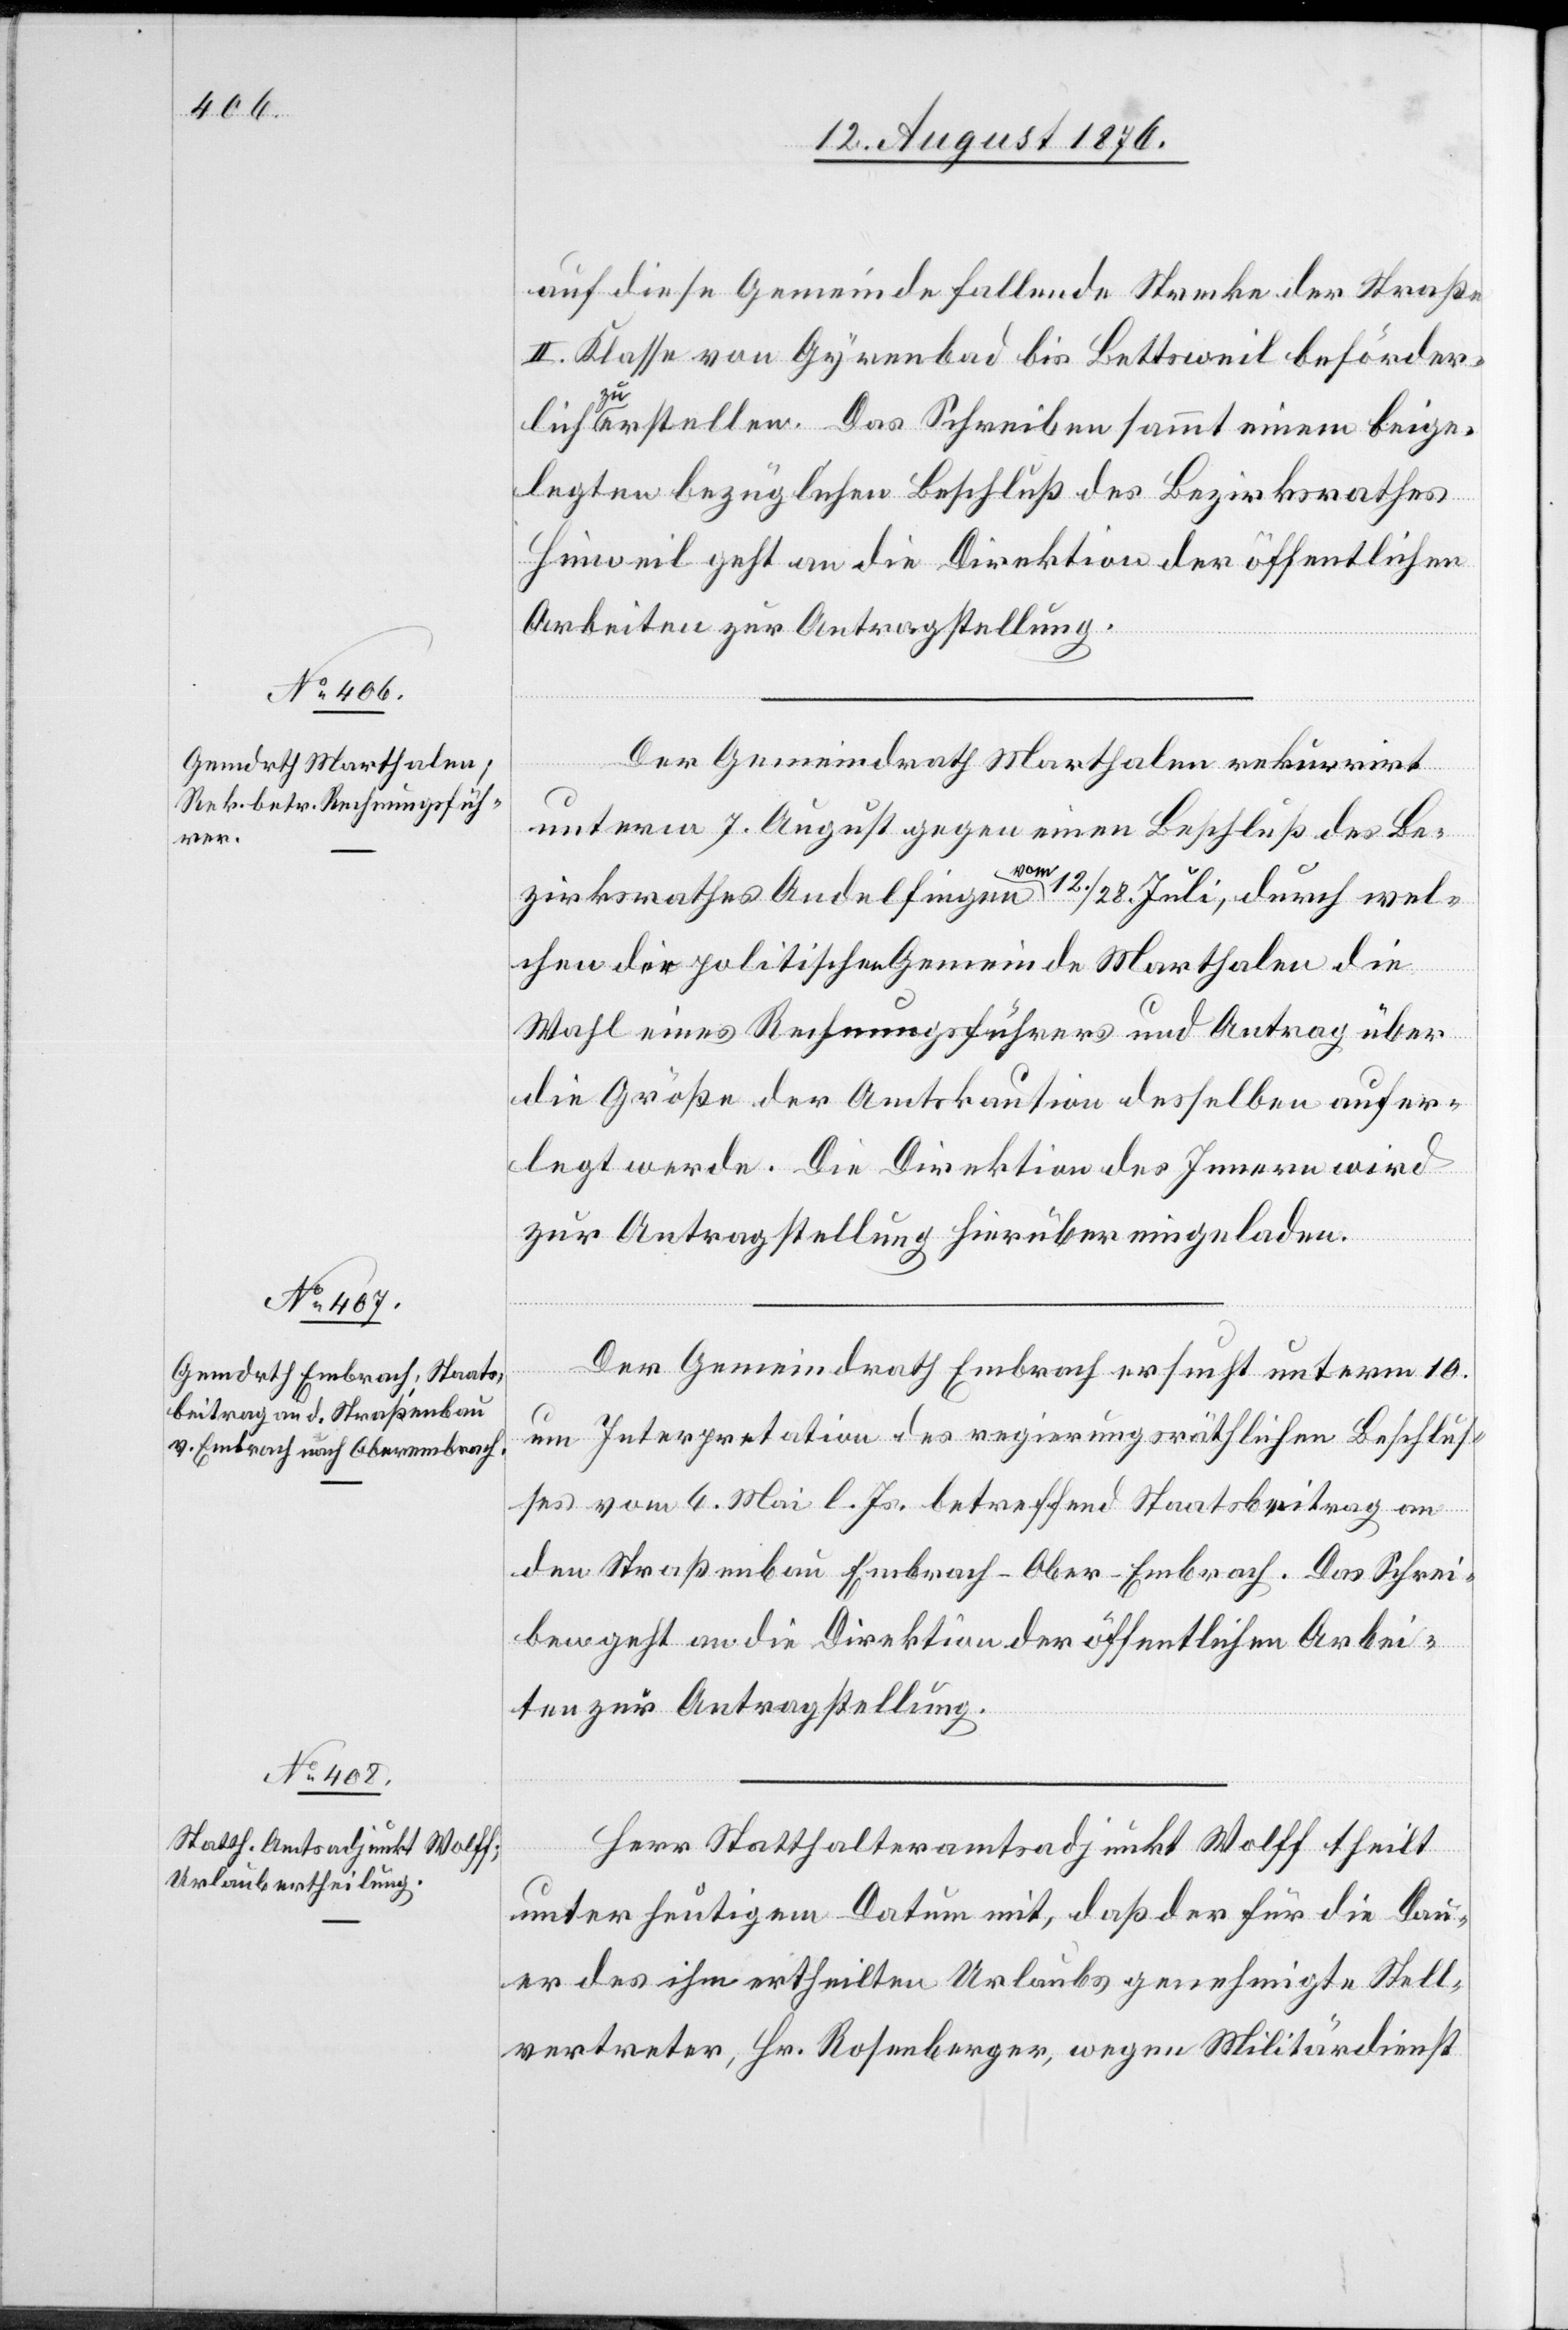
13. August 1876.]
auf diese Gemeinde fallende Strecke der Straße
II. Klasse von Gyrenbad bis Bettsweil beförder¬
erstellen. Das Schreiben sammt einem beige¬
legten bezüglichen Beschluß des Bezirksrathes
Hinweil geht an die Direktion der öffentlichen
Arbeiten zur Antragstellung.
lich
Der Gemeindrath Marthalen rekurrirt
unterm 7. August gegen einen Beschluß des Be¬
zirksrathes Andelfingen a vom a 12./28. Juli, durch wel¬
chen der politischen Gemeinde Marthalen die
Wahl eines Rechnungsführers und Antrag über
die Größe der Amtskaution desselben aufer¬
legt werde. Die Direktion des Innern wird
zur Antragstellung hierüber eingeladen.
Der Gemeindrath Embrach ersucht unterm 10.
um Interpretation des regierungsräthlichen Beschlus¬
ses vom 6. Mai l. Js. betreffend Staatsbeitrag an
den Straßenbau Embrach–Ober-Embrach. Das Schrei¬
ben geht an die Direktion der öffentlichen Arbei¬
ten zur Antragstellung.
Herr Statthalteramtsadjunkt Wolff theilt
unter heutigem Datum mit, daß der für die Dau¬
er des ihm ertheilten Urlaubs genehmigte Stell¬
vertreter, Hr. Rosenberger, wegen Militärdienst